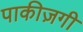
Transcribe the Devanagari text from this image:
पाकीज़गी